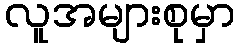
လူအများစုမှာ